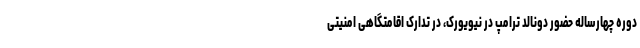
دوره چهارساله حضور دونالد ترامپ در نیویورک، در تدارک اقامتگاهی امنیتی